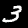
Label: 3